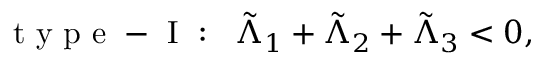
\mathrm { ~ t ~ y ~ p ~ e ~ - ~ I ~ : ~ } \; \; \tilde { \Lambda } _ { 1 } + \tilde { \Lambda } _ { 2 } + \tilde { \Lambda } _ { 3 } < 0 ,